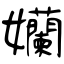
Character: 孏